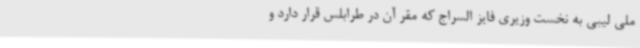
ملی لیبی به نخست وزیری فایز السراج که مقر آن در طرابلس قرار دارد و